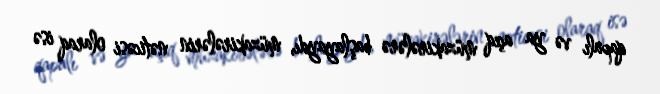
qapalı və ya açıq müzakirələrə başlayaydı, müzakirələrin nəticəsi olaraq isə